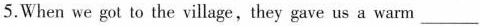
5.When we got to the village,they gave us a warm___